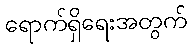
ရောက်ရှိရေးအတွက်